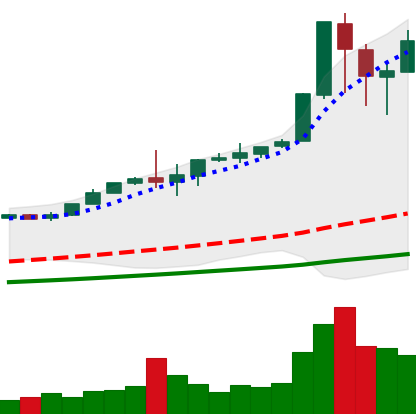
Ticker: BTC-USD
Chart end date: 2017-12-11
Forward return: 15.119%
Label: up_7plus